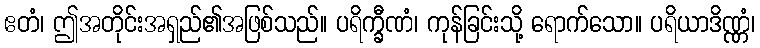
ဧတံ၊ ဤအတိုင်းအရှည်၏အဖြစ်သည်။ ပရိက္ခီဏံ၊ ကုန်ခြင်းသို့ ရောက်သော။ ပရိယာဒိဏ္ဏံ၊